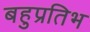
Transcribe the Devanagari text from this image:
बहुप्रतिभ